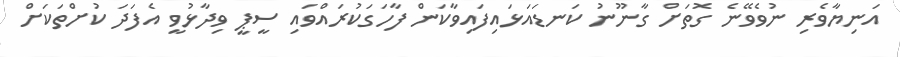
އަނިޔާވެރި ނުވެވޭނެ ގޮތަށް ގާނޫނު ކަނޑައަޅައިފައިވާކަން ފާހަގަކުރައްވައި ސީޕީ ވިދާޅުވީ އެފަދަ ކުށްތަކަށް